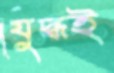
যুদ্ধই